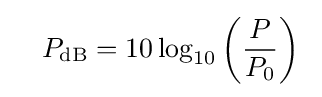
\quad P_{\mathrm {dB} }=10\log _{10}\left({\frac {P}{P_{0}}}\right)\